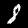
Digit: 8